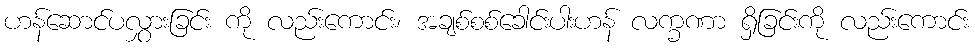
ဟန်ဆောင်ပလွှားခြင်း ကို လည်းကောင်း၊ အချစ်စစ်ခေါင်းပါးဟန် လက္ခဏာ ရှိခြင်းကို လည်းကောင်း